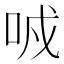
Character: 𠲌